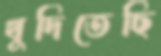
খুদিতেছি